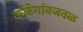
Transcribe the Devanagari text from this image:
कोरेगांवजवळ